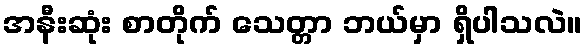
အနီးဆုံး စာတိုက် သေတ္တာ ဘယ်မှာ ရှိပါသလဲ။